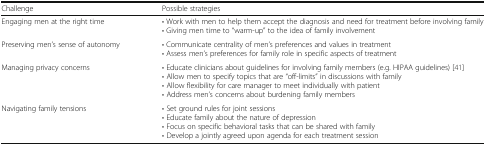
| Challenge | Possible strategies |
 | --- | --- |
 | Engaging men at the right time | • Work with men to help them accept the diagnosis and need for treatment before involving family• Giving men time to “warm-up” to the idea of family involvement |
 | Preserving men’s sense of autonomy | • Communicate centrality of men’s preferences and values in treatment• Assess men’s preferences for family role in specific aspects of treatment |
 | Managing privacy concerns | • Educate clinicians about guidelines for involving family members (e.g. HIPAA guidelines) [41]• Allow men to specify topics that are “off-limits” in discussions with family• Allow flexibility for care manager to meet individually with patient• Address men’s concerns about burdening family members |
 | Navigating family tensions | • Set ground rules for joint sessions• Educate family about the nature of depression• Focus on specific behavioral tasks that can be shared with family• Develop a jointly agreed upon agenda for each treatment session |